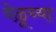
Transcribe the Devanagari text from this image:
वेळूच्या